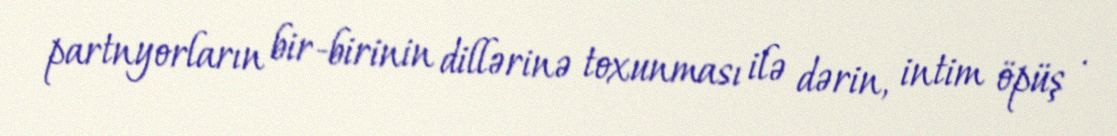
partnyorların bir-birinin dillərinə toxunması ilə dərin, intim öpüş .